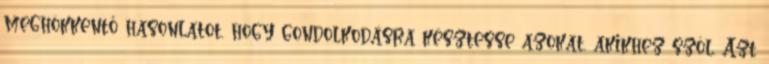
meghökkentő hasonlatot, hogy gondolkodásra késztesse azokat, akikhez szól. Azt